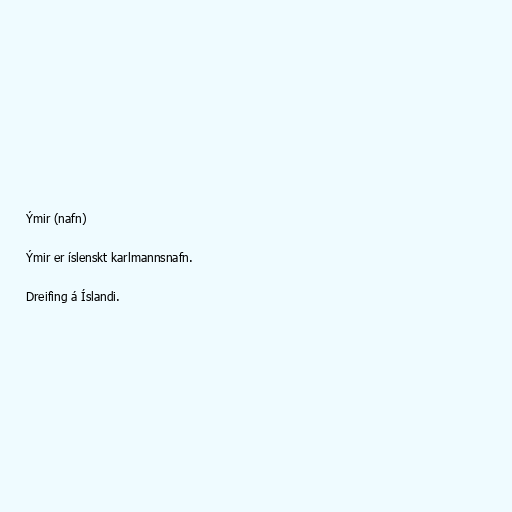
Ýmir (nafn)

Ýmir er íslenskt karlmannsnafn.

Dreifing á Íslandi.